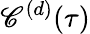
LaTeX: \mathscr{C}^{(d)}(\tau)